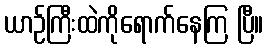
ယာဉ်ကြီးထဲကိုရောက်နေကြ ပြီ။